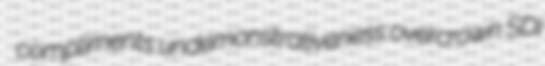
compliments undemonstrativeness overcrown SDI